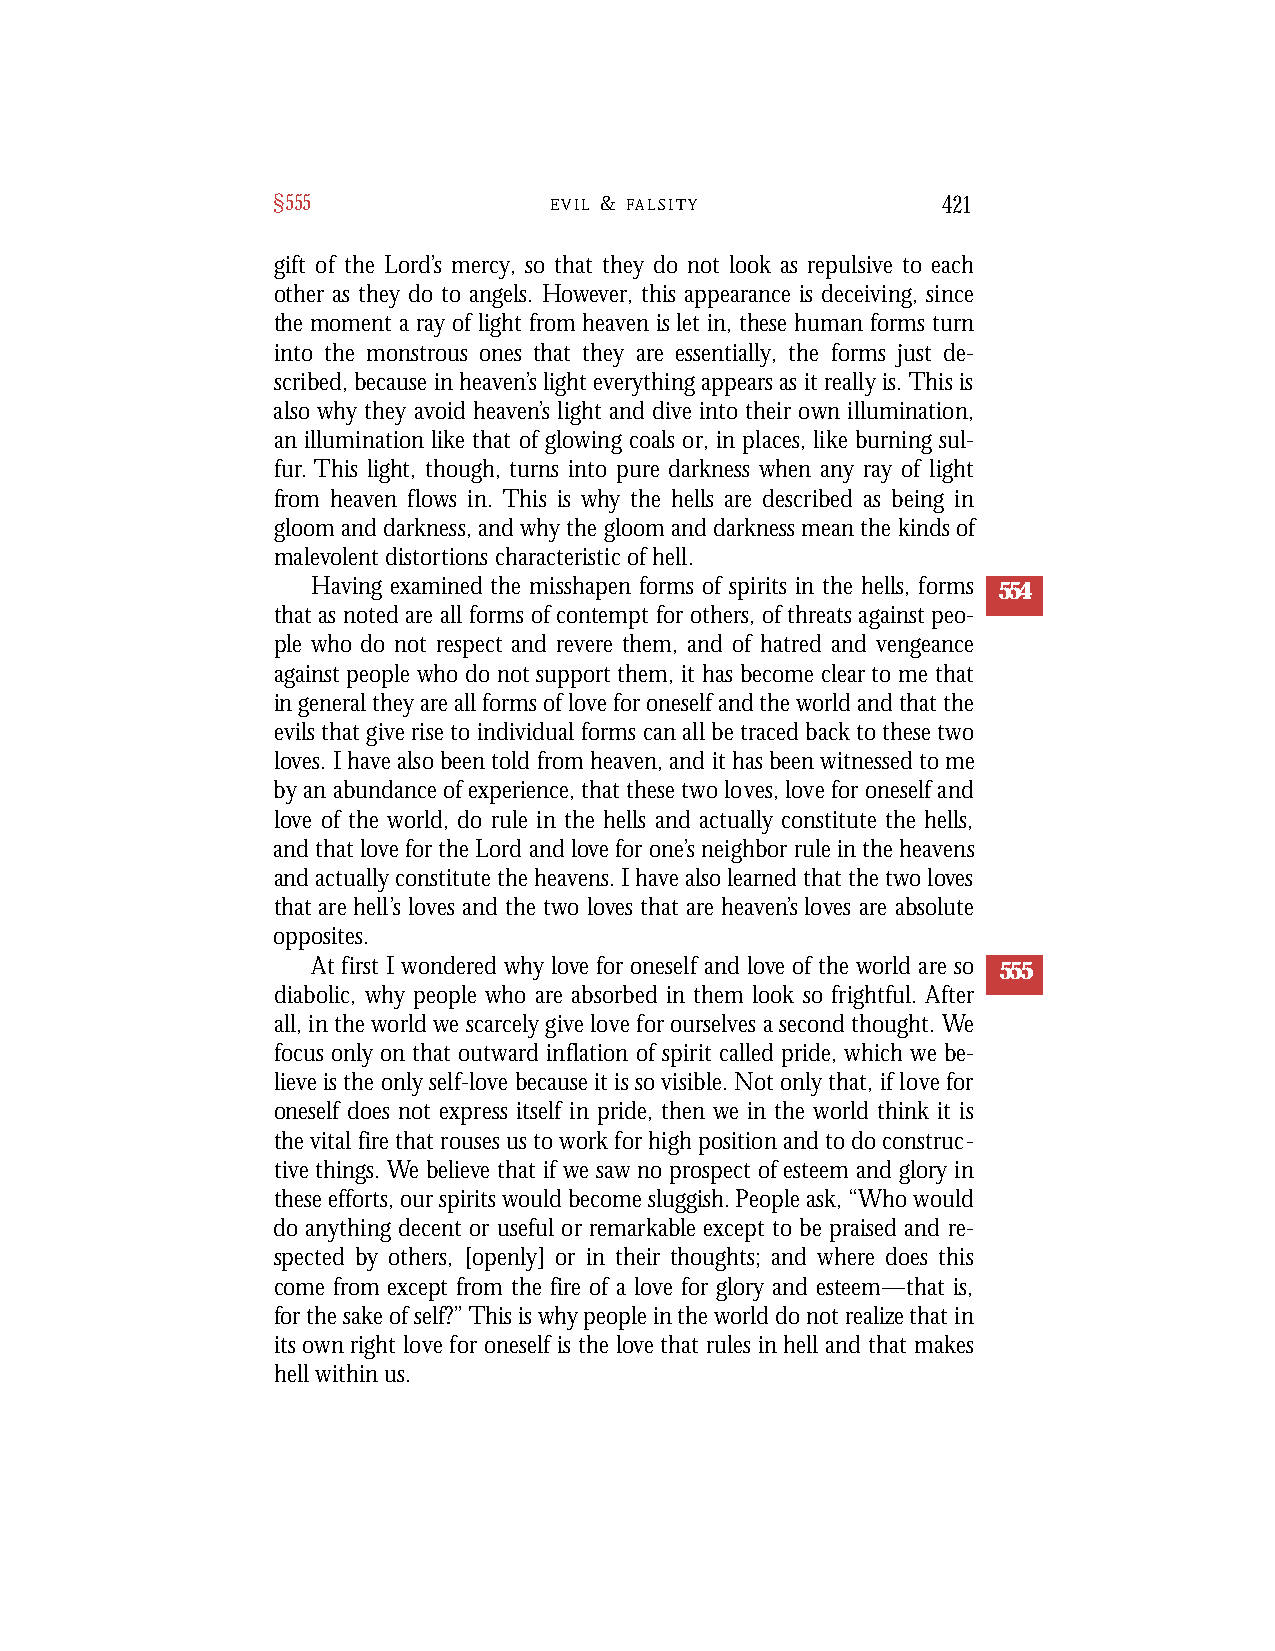
§555              E V I L & F A L S I T Y   421
 gift of the Lord’s mercy, so that they do not look as repulsive to each
 other as they do to angels. However, this appearance is deceiving, since
 the moment a ray of light from heaven is let in, these human forms turn
 into the monstrous ones that they are essentially, the forms just de-
 scribed, because in heaven’s light everything appears as it really is. This is
 also why they avoid heaven’s light and dive into their own illumination,
 an illumination like that of glowing coals or, in places, like burning sul-
 fur. This light, though, turns into pure darkness when any ray of light
 from heaven flows in. This is why the hells are described as being in
 gloom and darkness, and why the gloom and darkness mean the kinds of
 malevolent distortions characteristic of hell.
 Having examined the misshapen forms of spirits in the hells, forms 554
 that as noted are all forms of contempt for others, of threats against peo-
 ple who do not respect and revere them, and of hatred and vengeance
 against people who do not support them, it has become clear to me that
 in general they are all forms of love for oneself and the world and that the
 evils that give rise to individual forms can all be traced back to these two
 loves. I have also been told from heaven, and it has been witnessed to me
 by an abundance of experience, that these two loves, love for oneself and
 love of the world, do rule in the hells and actually constitute the hells,
 and that love for the Lord and love for one’s neighbor rule in the heavens
 and actually constitute the heavens. I have also learned that the two loves
 that are hell’s loves and the two loves that are heaven’s loves are absolute
 opposites.
 At first I wondered why love for oneself and love of the world are so 555
 diabolic, why people who are absorbed in them look so frightful. After
 all, in the world we scarcely give love for ourselves a second thought. We
 focus only on that outward inflation of spirit called pride, which we be-
 lieve is the only self-love because it is so visible. Not only that, if love for
 oneself does not express itself in pride, then we in the world think it is
 the vital fire that rouses us to work for high position and to do construc-
 tive things. We believe that if we saw no prospect of esteem and glory in
 these efforts, our spirits would become sluggish. People ask, “Who would
 do anything decent or useful or remarkable except to be praised and re-
 spected by others, [openly] or in their thoughts; and where does this
 come from except from the fire of a love for glory and esteem—that is,
 for the sake of self?” This is why people in the world do not realize that in
 its own right love for oneself is the love that rules in hell and that makes
 hell within us.